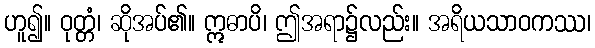
ဟူ၍။ ဝုတ္တံ၊ ဆိုအပ်၏။ ဣဓာပိ၊ ဤအရာ၌လည်း။ အရိယသာဝကဿ၊